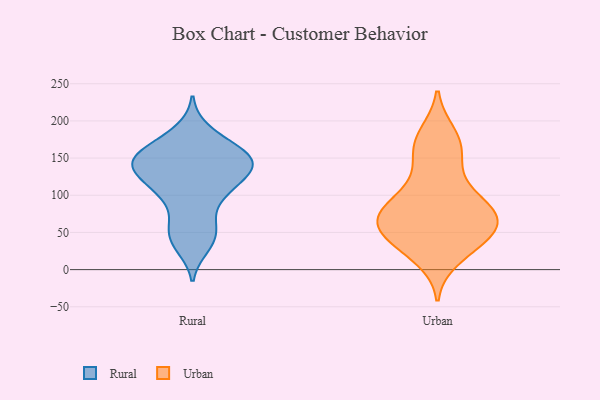
{"axis": {"x": "Population (Million)", "y": "Value"}, "legend": ["Rural", "Urban"], "data": [{"x": "", "y": 139, "type": "Rural"}, {"x": "", "y": 145, "type": "Rural"}, {"x": "", "y": 150, "type": "Rural"}, {"x": "", "y": 133, "type": "Rural"}, {"x": "", "y": 99, "type": "Rural"}, {"x": "", "y": 61, "type": "Rural"}, {"x": "", "y": 163, "type": "Rural"}, {"x": "", "y": 30, "type": "Rural"}, {"x": "", "y": 139, "type": "Rural"}, {"x": "", "y": 136, "type": "Rural"}, {"x": "", "y": 163, "type": "Rural"}, {"x": "", "y": 39, "type": "Rural"}, {"x": "", "y": 107, "type": "Rural"}, {"x": "", "y": 58, "type": "Rural"}, {"x": "", "y": 188, "type": "Rural"}, {"x": "", "y": 123, "type": "Rural"}, {"x": "", "y": 164, "type": "Rural"}, {"x": "", "y": 101, "type": "Rural"}, {"x": "", "y": 85, "type": "Urban"}, {"x": "", "y": 59, "type": "Urban"}, {"x": "", "y": 183, "type": "Urban"}, {"x": "", "y": 154, "type": "Urban"}, {"x": "", "y": 178, "type": "Urban"}, {"x": "", "y": 86, "type": "Urban"}, {"x": "", "y": 43, "type": "Urban"}, {"x": "", "y": 70, "type": "Urban"}, {"x": "", "y": 59, "type": "Urban"}, {"x": "", "y": 158, "type": "Urban"}, {"x": "", "y": 128, "type": "Urban"}, {"x": "", "y": 70, "type": "Urban"}, {"x": "", "y": 28, "type": "Urban"}, {"x": "", "y": 54, "type": "Urban"}, {"x": "", "y": 96, "type": "Urban"}, {"x": "", "y": 95, "type": "Urban"}, {"x": "", "y": 62, "type": "Urban"}, {"x": "", "y": 36, "type": "Urban"}, {"x": "", "y": 15, "type": "Urban"}]}